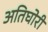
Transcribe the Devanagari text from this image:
अतिघोरी